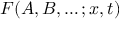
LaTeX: F ( A , B , \ldots ; x , t )